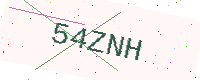
Text: 54ZNH